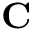
\mathbf { C }